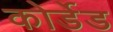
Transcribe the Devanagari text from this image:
कोर्डेड